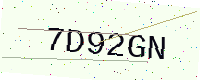
Text: 7D92GN